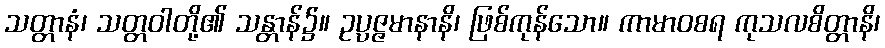
သတ္တာနံ၊ သတ္တဝါတို့၏ သန္တာန်၌။ ဥပ္ပဇ္ဇမာနာနိ၊ ဖြစ်ကုန်သော။ ကာမာဝစရ ကုသလစိတ္တာနိ၊